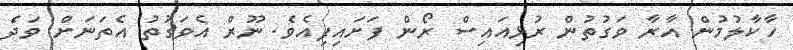
ހާކާލުމުން އާރާ ވަގުތުން ރުޅިއައިސް ރޯން ފަށައިފިއެވެ. ނޫރް އެވަގުތު އެތަނަށް ވަދެ